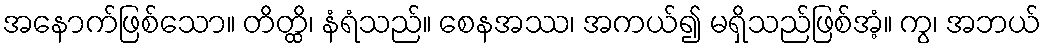
အနောက်ဖြစ်သော။ တိတ္ထိ၊ နံရံသည်။ စေနအဿ၊ အကယ်၍ မရှိသည်ဖြစ်အံ့။ ကွ၊ အဘယ်